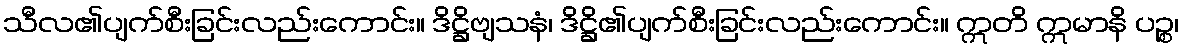
သီလ၏ပျက်စီးခြင်းလည်းကောင်း။ ဒိဋ္ဌိဗျသနံ၊ ဒိဋ္ဌိ၏ပျက်စီးခြင်းလည်းကောင်း။ ဣတိ ဣမာနိ ပဉ္စ၊